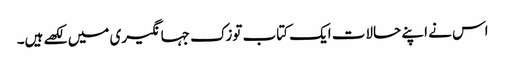
اس نے اپنے حالات ایک کتاب توزک جہانگیری میں لکھے ہیں۔